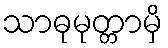
သာဓုမုတ္တာမှိ